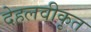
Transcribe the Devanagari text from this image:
देहलवीकृत